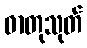
ဓာတုသုတ်